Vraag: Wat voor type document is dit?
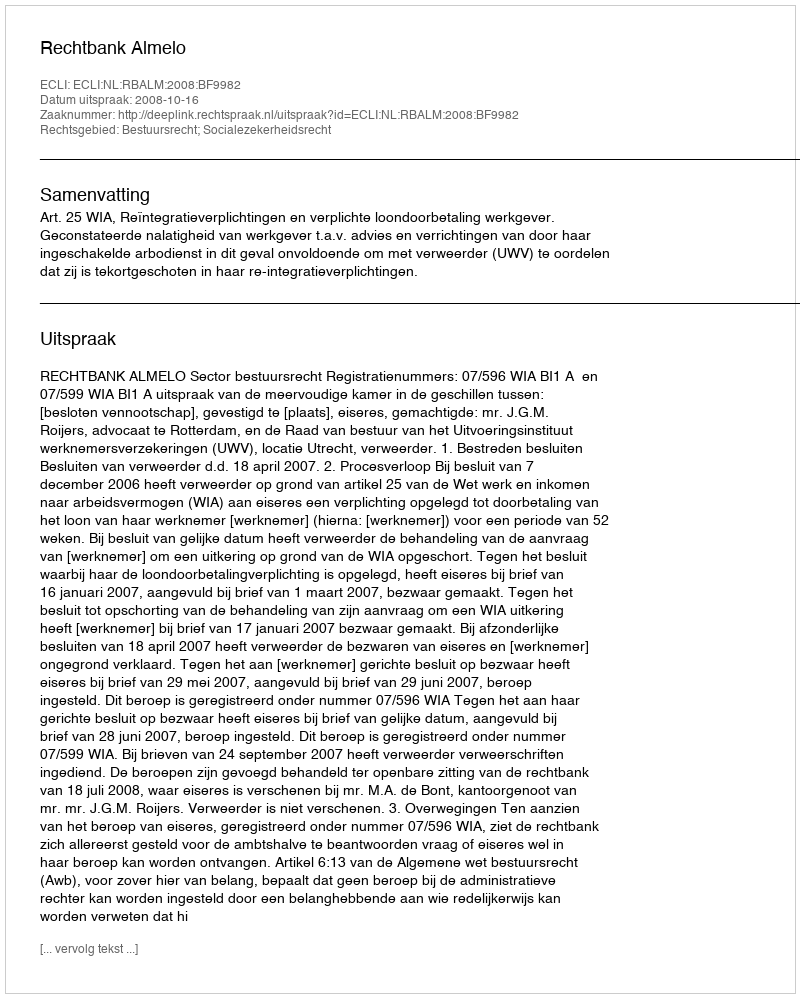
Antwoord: Uitspraak